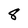
Character: 8